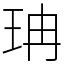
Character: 珃